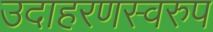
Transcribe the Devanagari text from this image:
उदाहरणस्‍वरुप